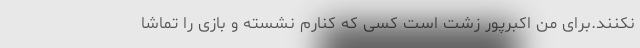
نکنند.برای منِ اکبرپور زشت است کسی که کنارم نشسته و بازی را تماشا